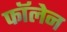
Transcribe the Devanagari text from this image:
फॉलेन